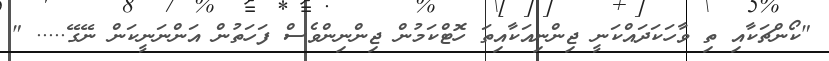
"ކޯންޗަކާއި ތި ވާހަކަދައްކަނީ ޖިންނިއަކާއިތަ ހޮޓްކަމުން ޖިންނިންވެސް ފަހަތުން އަންނަނީކަން ނޭގޭ..... "